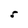
Character: r